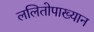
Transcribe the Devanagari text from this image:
ललितोपाख्यान